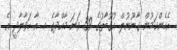
އެހެންކަމުން ގާނޫނުލް އުގޫބާތުގެ 39 ވަނަ މާއްދާގެ ހ. އާ ހަވާލާދީ އެ